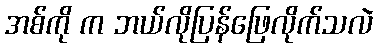
အစ်ကို က ဘယ်လိုပြန်ဖြေလိုက်သလဲ